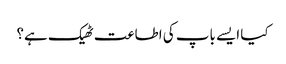
کیا ایسے باپ کی اطاعت ٹھیک ہے؟